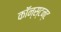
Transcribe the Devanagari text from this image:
कॉन्स्टन्ट